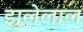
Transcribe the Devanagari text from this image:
झुलेलाल